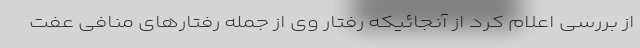
از بررسی اعلام کرد از آنجائیکه رفتار وی از جمله رفتارهای منافی عفت